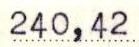
240,42